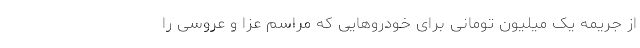
از جریمه یک میلیون تومانی برای خودروهایی که مراسم عزا و عروسی را